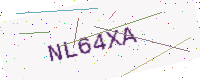
Text: NL64XA